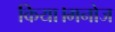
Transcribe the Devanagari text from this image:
किया।मनोज